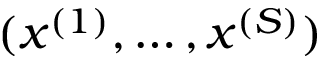
( x ^ { ( 1 ) } , \ldots , x ^ { ( S ) } )